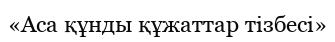
«Аса құнды құжаттар тізбесі»